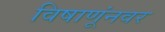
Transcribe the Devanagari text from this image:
विषाणूंनवर